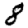
Digit: 8